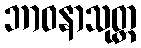
ဘာဝနာသုတ္တ